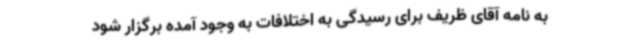
به نامه آقای ظریف برای رسیدگی به اختلافات به وجود آمده برگزار شود